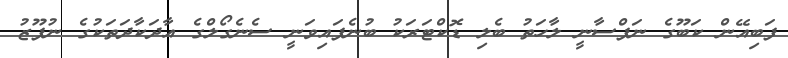
ފަބިއޭން ކަބޫގެ ނަފްސާނީ ލާހަތު ބެލި ޑޮކްޓަރަކު ބުނެފައިވަނީ ސެނެގޯލްގެ އާދަކާދަތަކުގެ ނުފޫޒު